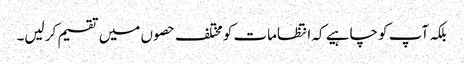
بلکہ آپ کو چاہیے کہ انتظامات کو مختلف حصو ں میں تقسیم کر لیں۔